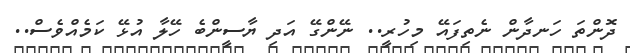
ދޮންތަ ހަނދާން ނެތިފައޭ މިހުރީ.. ނޭންގޭ އަދި ޔާސީންބެ ހޭލާ އުޅޭ ކަމެއްވެސް..